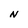
Character: N